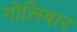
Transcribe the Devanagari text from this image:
गोलिबार